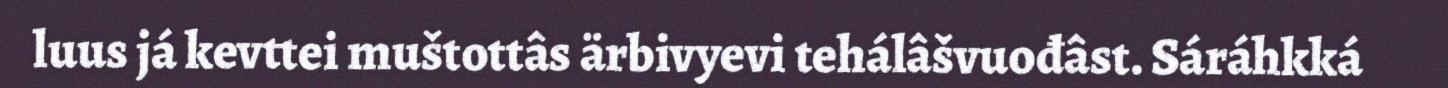
luus já kevttei muštottâs ärbivyevi tehálâšvuođâst. Sáráhkká